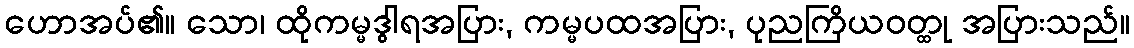
ဟောအပ်၏။ သော၊ ထိုကမ္မဒွါရအပြား, ကမ္မပထအပြား, ပုညကြိယဝတ္ထု အပြားသည်။